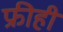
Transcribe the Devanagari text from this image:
फ्रीही